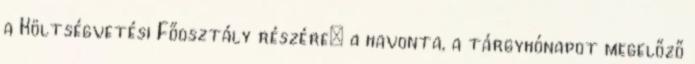
a Költségvetési Főosztály részére: a havonta, a tárgyhónapot megelőző